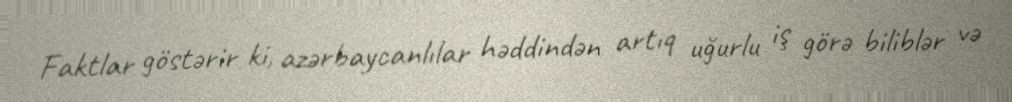
Faktlar göstərir ki, azərbaycanlılar həddindən artıq uğurlu iş görə biliblər və